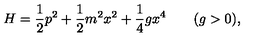
H = { \frac { 1 } { 2 } } p ^ { 2 } + { \frac { 1 } { 2 } } m ^ { 2 } x ^ { 2 } + { \frac { 1 } { 4 } } g x ^ { 4 } \qquad ( g > 0 ) ,